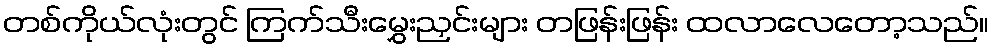
တစ်ကိုယ်လုံးတွင် ကြက်သီးမွှေးညှင်းများ တဖြန်းဖြန်း ထလာလေတော့သည်။